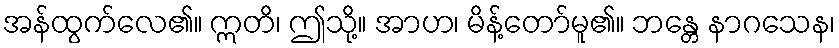
အန်ထွက်လေ၏။ ဣတိ၊ ဤသို့။ အာဟ၊ မိန့်တော်မူ၏။ ဘန္တေ နာဂသေန၊